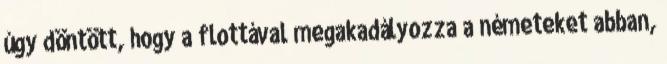
úgy döntött, hogy a flottával megakadályozza a németeket abban,